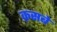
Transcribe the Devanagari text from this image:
क़सबे